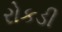
રોકડી